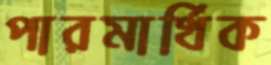
পারমার্থিক